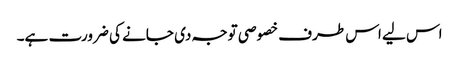
اس لیے اس طرف خصوصی توجہ دی جانے کی ضرورت ہے۔